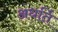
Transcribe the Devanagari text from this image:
अधर्ति